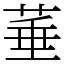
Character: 菙